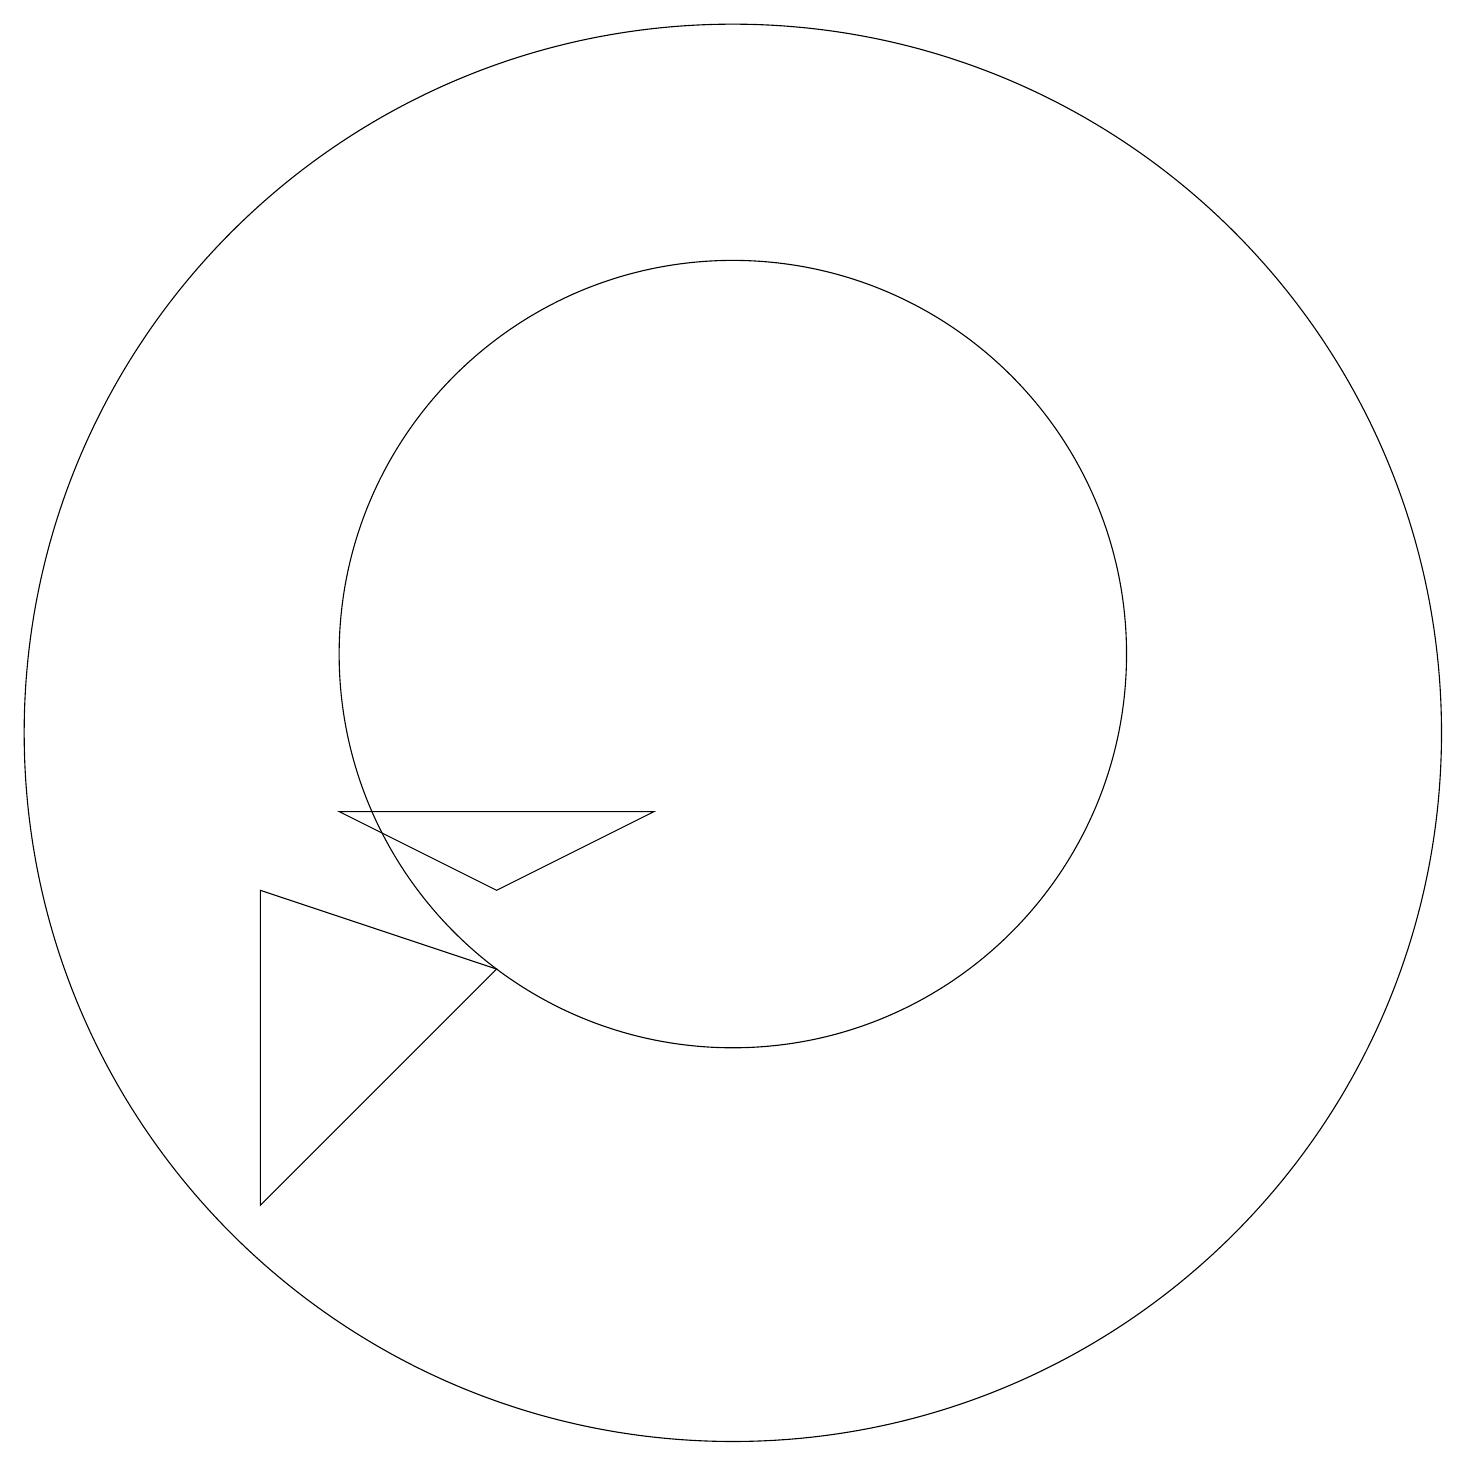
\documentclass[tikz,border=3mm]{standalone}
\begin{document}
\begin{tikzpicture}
\draw (10,11) circle (5);
\draw (7,7) -- (4,4) -- (4,8) -- cycle;
\draw (7,8) -- (9,9) -- (5,9) -- cycle;
\draw (10,10) circle (9);
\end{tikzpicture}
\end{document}